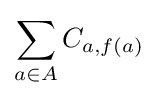
\sum _{a\in A}C_{a,f(a)}